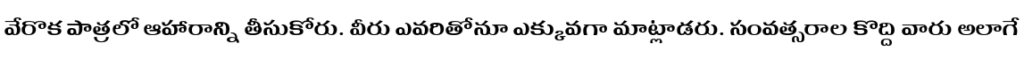
వేరొక పాత్రలో ఆహారాన్ని తీసుకోరు. వీరు ఎవరితోనూ ఎక్కువగా మాట్లాడరు. సంవత్సరాల కొద్ది వారు అలాగే